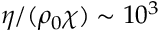
{ \eta } / { ( \rho _ { 0 } \chi ) } \sim 1 0 ^ { 3 }